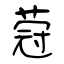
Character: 蒄